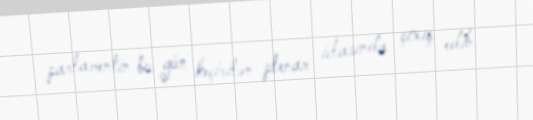
parlamentin bu gün keçirilən plenar iclasında çıxış edib.